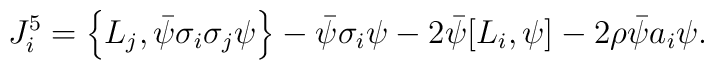
J_i^5=\left\{L_j,\bar\psi\sigma_i\sigma_j\psi \right\} -\bar\psi\sigma_i\psi -2\bar\psi[L_i,\psi]-2\rho\bar\psi a_i \psi.